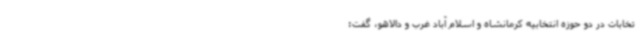
تخابات در دو حوزه انتخابیه کرمانشاه و اسلام آباد غرب و دالاهو، گفت: